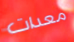
معدات